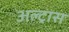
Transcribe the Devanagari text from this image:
अल्ट्रास